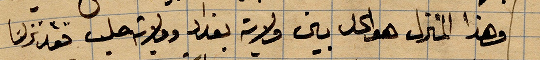
وهذا المنزل هو كل بين ولاية بغداد وولاية حلب فقد نزلنا